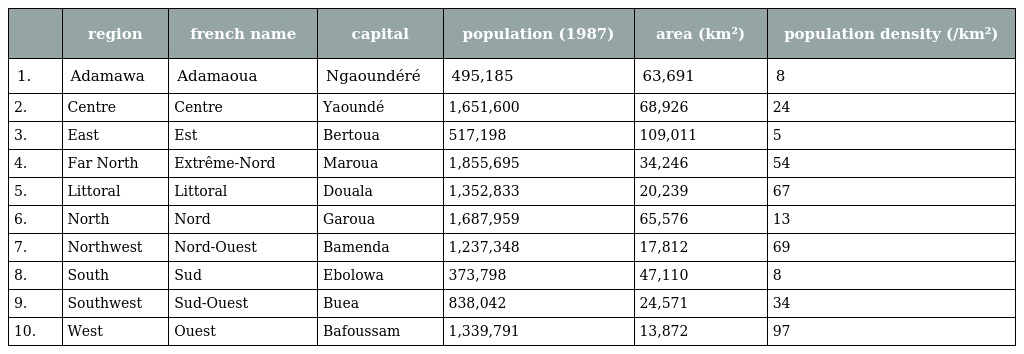
|  | region | french name | capital | population (1987) | area (km²) | population density (/km²) |
 | --- | --- | --- | --- | --- | --- | --- |
 | 1. | Adamawa | Adamaoua | Ngaoundéré | 495,185 | 63,691 | 8 |
 | 2. | Centre | Centre | Yaoundé | 1,651,600 | 68,926 | 24 |
 | 3. | East | Est | Bertoua | 517,198 | 109,011 | 5 |
 | 4. | Far North | Extrême-Nord | Maroua | 1,855,695 | 34,246 | 54 |
 | 5. | Littoral | Littoral | Douala | 1,352,833 | 20,239 | 67 |
 | 6. | North | Nord | Garoua | 1,687,959 | 65,576 | 13 |
 | 7. | Northwest | Nord-Ouest | Bamenda | 1,237,348 | 17,812 | 69 |
 | 8. | South | Sud | Ebolowa | 373,798 | 47,110 | 8 |
 | 9. | Southwest | Sud-Ouest | Buea | 838,042 | 24,571 | 34 |
 | 10. | West | Ouest | Bafoussam | 1,339,791 | 13,872 | 97 |